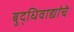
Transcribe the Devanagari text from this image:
बुद्धिवाद्यांचे